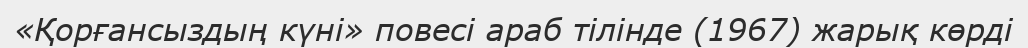
«Қорғансыздың күні» повесі араб тілінде (1967) жарық көрді